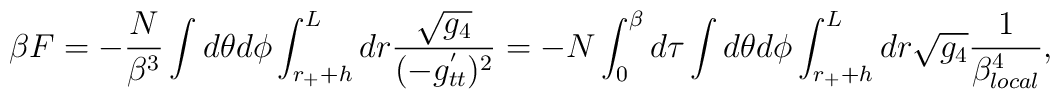
\beta F = - \frac{N}{\beta^3 }  \int d \theta d \phi \int_{r_+ + h}^L dr \frac{\sqrt{g_4}}{ ( - g^{'}_{tt } )^2  }  = - N \int_0^\beta d \tau \int d \theta d \phi \int_{r_+ + h}^L dr \sqrt{g_4}  \frac{1}{ \beta_{local}^4},